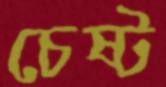
চেষ্ট